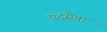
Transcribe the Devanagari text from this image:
पदसेवा